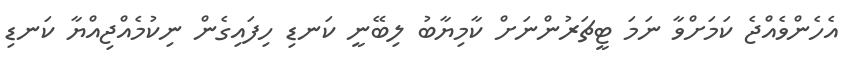
އެހެންވެއްޖެ ކަމަށްވާ ނަމަ ޓީޗަރުންނަށް ކާމިޔާބު ލިބޭނީ ކަނޑި ހިފައިގެން ނިކުމެއްޖިއްޔާ ކަނޑި